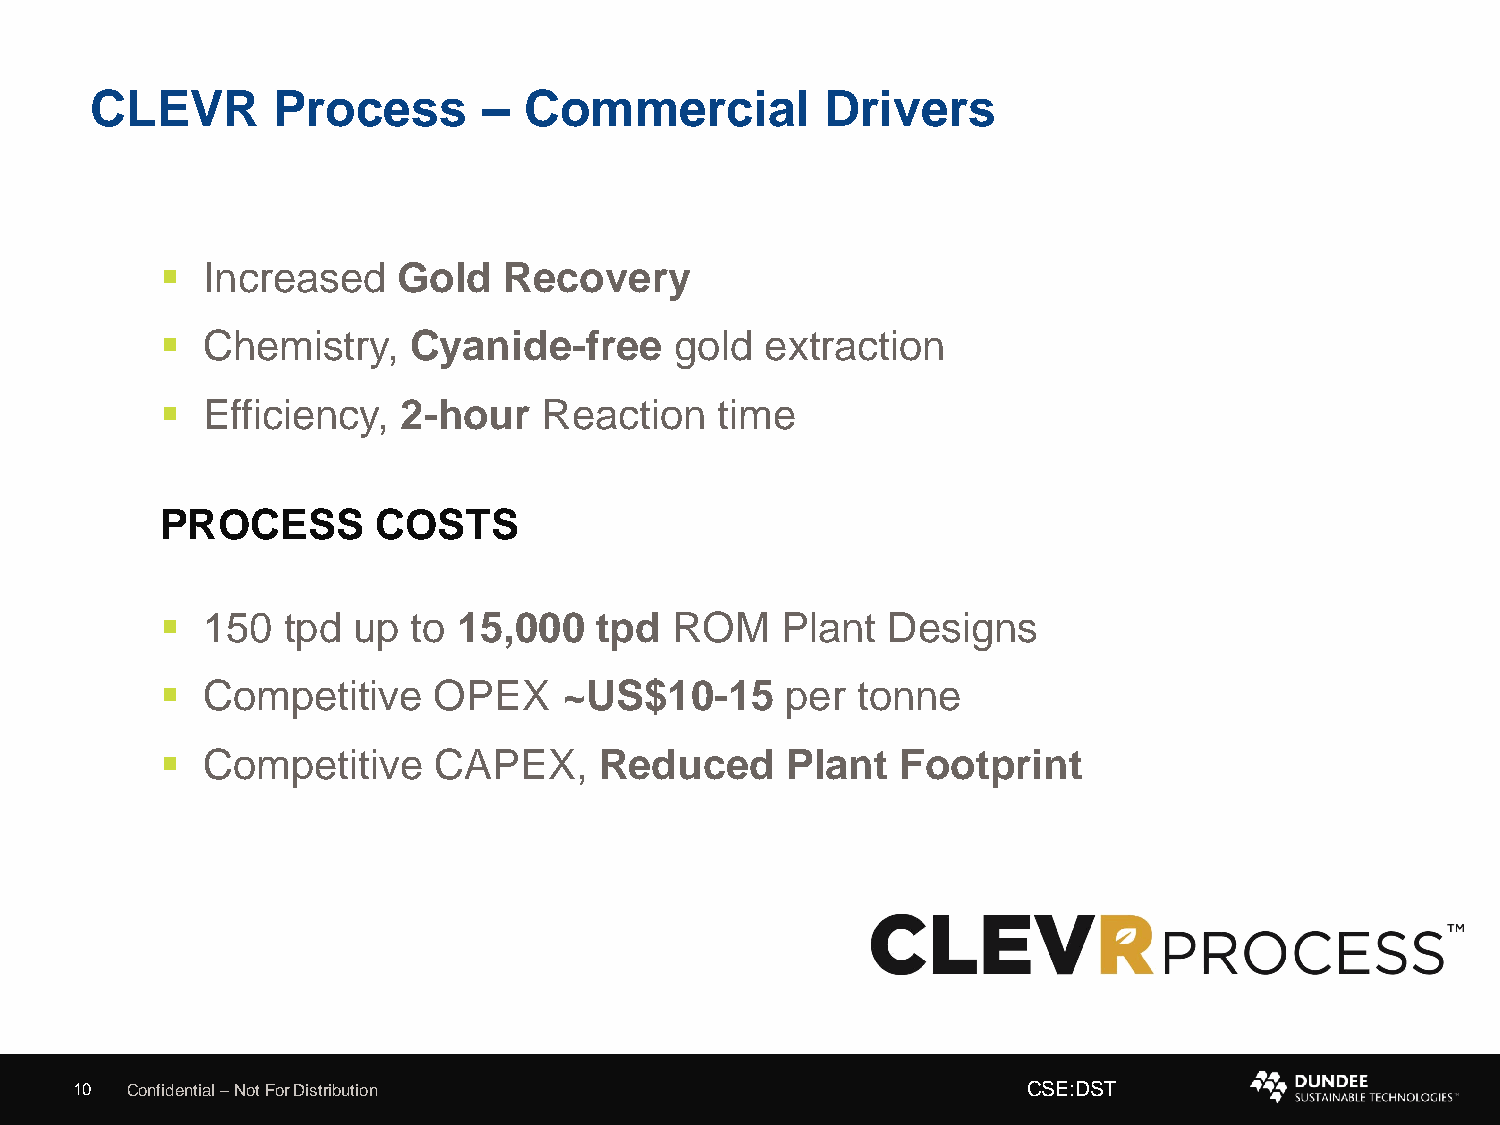
CLEVR       Process       –  Commercial          Drivers
 ▪ Increased    Gold   Recovery
 ▪ Chemistry,    Cyanide-free      gold  extraction
 ▪ Efficiency,   2-hour   Reaction    time
 PROCESS       COSTS
 ▪ 150   tpd up  to 15,000   tpd   ROM    Plant  Designs
 ▪ Competitive     OPEX    ~US$10-15      per  tonne
 ▪ Competitive     CAPEX,     Reduced     Plant   Footprint
 10 Confidential –Not For Distribution                          CSE:DST